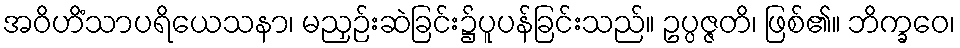
အဝိဟိံသာပရိယေသနာ၊ မညှဉ်းဆဲခြင်း၌ပူပန်ခြင်းသည်။ ဥပ္ပဇ္ဇတိ၊ ဖြစ်၏။ ဘိက္ခဝေ၊